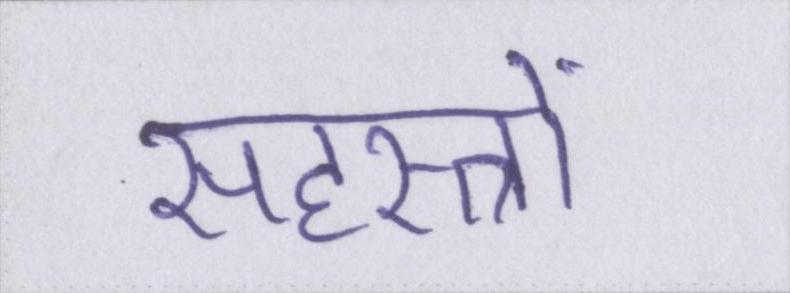
सहस्त्रों